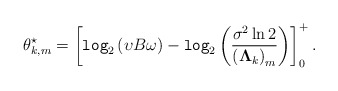
\begin{align*} \theta_{k,m}^{\star}=\left[\texttt{log}_2 \left(\upsilon B \omega\right)-\texttt{log}_2\left(\frac{\sigma^2 \ln 2}{\left(\mathbf{\Lambda}_k\right)_{m}}\right)\right]_0^+.\end{align*}